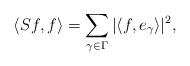
LaTeX: \begin{align*}\langle S f, f \rangle = \sum_{\gamma \in \Gamma} |\langle f, e_\gamma \rangle|^2,\end{align*}